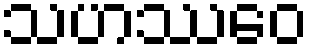
သဟဿေဝ